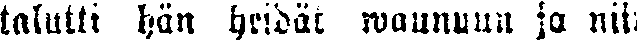
talutti hän heidät waunuun ja nii